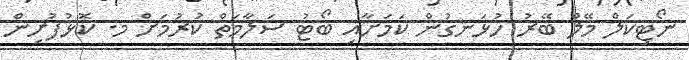
ނޯޓިކަލް މޭލް ބޭރު ހުޅަނގުން ކަމަށާއި ބޯޓު ސަލާމަތް ކުރުމަށް މ. ކޮޅުފުށިން